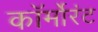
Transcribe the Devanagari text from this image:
कॉर्मोरंट